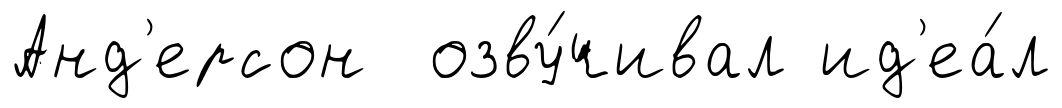
Анд'ерсон озву́чивал ид'еа́л